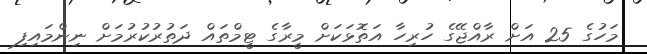
މަހުގެ 25 އަށް ރާއްޖޭގެ ހުރިހާ އަތޮޅަކަށް މީރާގެ ޓީމްތައް ދަތުރުކުރުމަށް ނިންމައިފި